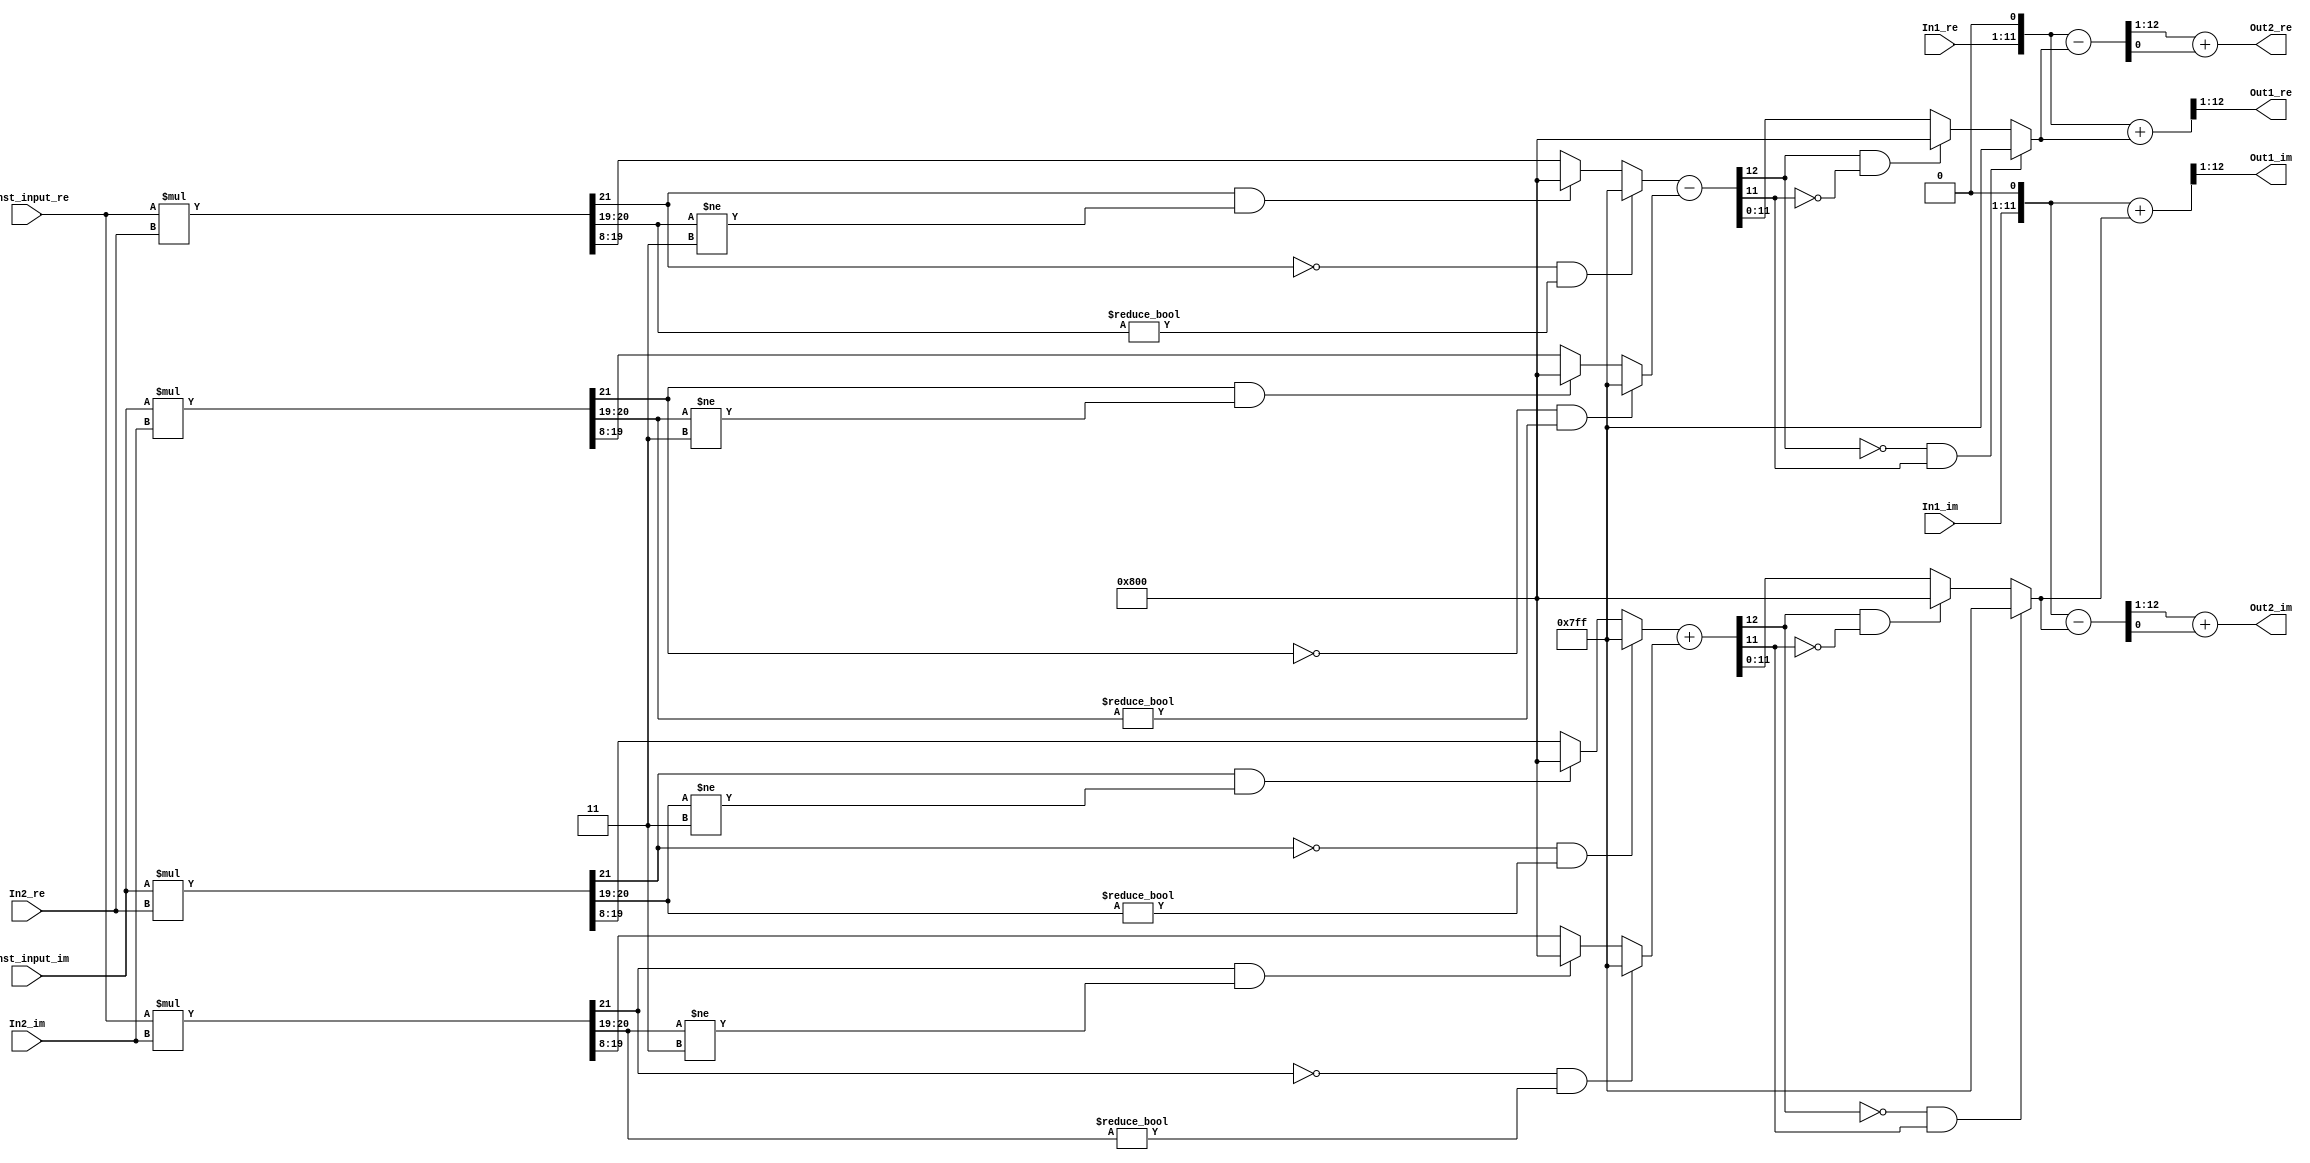
// -------------------------------------------------------------
// 
// 
// Generated by MATLAB 9.4 and HDL Coder 3.12
// 
// -------------------------------------------------------------


// -------------------------------------------------------------
// 
// Module: FirthStage_39
// Source Path: FFTscheme2/FFTv2/Butterflies/128 input 5 step  /FirthStage 39
// Hierarchy Level: 3
// 
// -------------------------------------------------------------

`timescale 1 ns / 1 ns

module FirthStage_39
          (In1_re,
           In1_im,
           In2_re,
           In2_im,
           Const_input_re,
           Const_input_im,
           Out1_re,
           Out1_im,
           Out2_re,
           Out2_im);


  input   signed [10:0] In1_re;  // sfix11_En3
  input   signed [10:0] In1_im;  // sfix11_En3
  input   signed [10:0] In2_re;  // sfix11_En3
  input   signed [10:0] In2_im;  // sfix11_En3
  input   signed [10:0] Const_input_re;  // sfix11_En9
  input   signed [10:0] Const_input_im;  // sfix11_En9
  output  signed [11:0] Out1_re;  // sfix12_En3
  output  signed [11:0] Out1_im;  // sfix12_En3
  output  signed [11:0] Out2_re;  // sfix12_En3
  output  signed [11:0] Out2_im;  // sfix12_En3


  wire signed [21:0] Product_mul_temp;  // sfix22_En12
  wire signed [11:0] Product_sub_cast;  // sfix12_En4
  wire signed [12:0] Product_sub_cast_1;  // sfix13_En4
  wire signed [21:0] Product_mul_temp_1;  // sfix22_En12
  wire signed [11:0] Product_sub_cast_2;  // sfix12_En4
  wire signed [12:0] Product_sub_cast_3;  // sfix13_En4
  wire signed [12:0] Product_sub_temp;  // sfix13_En4
  wire signed [21:0] Product_mul_temp_2;  // sfix22_En12
  wire signed [11:0] Product_add_cast;  // sfix12_En4
  wire signed [12:0] Product_add_cast_1;  // sfix13_En4
  wire signed [21:0] Product_mul_temp_3;  // sfix22_En12
  wire signed [11:0] Product_add_cast_2;  // sfix12_En4
  wire signed [12:0] Product_add_cast_3;  // sfix13_En4
  wire signed [12:0] Product_add_temp;  // sfix13_En4
  wire signed [11:0] Product_out1_re;  // sfix12_En4
  wire signed [11:0] Product_out1_im;  // sfix12_En4
  wire signed [12:0] Sum_add_cast;  // sfix13_En4
  wire signed [12:0] Sum_add_cast_1;  // sfix13_En4
  wire signed [12:0] Sum_add_temp;  // sfix13_En4
  wire signed [12:0] Sum_add_cast_2;  // sfix13_En4
  wire signed [12:0] Sum_add_cast_3;  // sfix13_En4
  wire signed [12:0] Sum_add_temp_1;  // sfix13_En4
  wire signed [11:0] Sum_out1_re;  // sfix12_En3
  wire signed [11:0] Sum_out1_im;  // sfix12_En3
  wire signed [12:0] Sum1_sub_cast;  // sfix13_En4
  wire signed [12:0] Sum1_sub_cast_1;  // sfix13_En4
  wire signed [12:0] Sum1_sub_temp;  // sfix13_En4
  wire signed [12:0] Sum1_sub_cast_2;  // sfix13_En4
  wire signed [12:0] Sum1_sub_cast_3;  // sfix13_En4
  wire signed [12:0] Sum1_sub_temp_1;  // sfix13_En4
  wire signed [11:0] Sum1_out1_re;  // sfix12_En3
  wire signed [11:0] Sum1_out1_im;  // sfix12_En3


  assign Product_mul_temp = Const_input_re * In2_re;
  assign Product_sub_cast = ((Product_mul_temp[21] == 1'b0) && (Product_mul_temp[20:19] != 2'b00) ? 12'sb011111111111 :
              ((Product_mul_temp[21] == 1'b1) && (Product_mul_temp[20:19] != 2'b11) ? 12'sb100000000000 :
              $signed(Product_mul_temp[19:8])));
  assign Product_sub_cast_1 = {Product_sub_cast[11], Product_sub_cast};
  assign Product_mul_temp_1 = Const_input_im * In2_im;
  assign Product_sub_cast_2 = ((Product_mul_temp_1[21] == 1'b0) && (Product_mul_temp_1[20:19] != 2'b00) ? 12'sb011111111111 :
              ((Product_mul_temp_1[21] == 1'b1) && (Product_mul_temp_1[20:19] != 2'b11) ? 12'sb100000000000 :
              $signed(Product_mul_temp_1[19:8])));
  assign Product_sub_cast_3 = {Product_sub_cast_2[11], Product_sub_cast_2};
  assign Product_sub_temp = Product_sub_cast_1 - Product_sub_cast_3;
  assign Product_out1_re = ((Product_sub_temp[12] == 1'b0) && (Product_sub_temp[11] != 1'b0) ? 12'sb011111111111 :
              ((Product_sub_temp[12] == 1'b1) && (Product_sub_temp[11] != 1'b1) ? 12'sb100000000000 :
              $signed(Product_sub_temp[11:0])));
  assign Product_mul_temp_2 = Const_input_im * In2_re;
  assign Product_add_cast = ((Product_mul_temp_2[21] == 1'b0) && (Product_mul_temp_2[20:19] != 2'b00) ? 12'sb011111111111 :
              ((Product_mul_temp_2[21] == 1'b1) && (Product_mul_temp_2[20:19] != 2'b11) ? 12'sb100000000000 :
              $signed(Product_mul_temp_2[19:8])));
  assign Product_add_cast_1 = {Product_add_cast[11], Product_add_cast};
  assign Product_mul_temp_3 = Const_input_re * In2_im;
  assign Product_add_cast_2 = ((Product_mul_temp_3[21] == 1'b0) && (Product_mul_temp_3[20:19] != 2'b00) ? 12'sb011111111111 :
              ((Product_mul_temp_3[21] == 1'b1) && (Product_mul_temp_3[20:19] != 2'b11) ? 12'sb100000000000 :
              $signed(Product_mul_temp_3[19:8])));
  assign Product_add_cast_3 = {Product_add_cast_2[11], Product_add_cast_2};
  assign Product_add_temp = Product_add_cast_1 + Product_add_cast_3;
  assign Product_out1_im = ((Product_add_temp[12] == 1'b0) && (Product_add_temp[11] != 1'b0) ? 12'sb011111111111 :
              ((Product_add_temp[12] == 1'b1) && (Product_add_temp[11] != 1'b1) ? 12'sb100000000000 :
              $signed(Product_add_temp[11:0])));



  assign Sum_add_cast = {In1_re[10], {In1_re, 1'b0}};
  assign Sum_add_cast_1 = {Product_out1_re[11], Product_out1_re};
  assign Sum_add_temp = Sum_add_cast + Sum_add_cast_1;
  assign Sum_out1_re = Sum_add_temp[12:1];
  assign Sum_add_cast_2 = {In1_im[10], {In1_im, 1'b0}};
  assign Sum_add_cast_3 = {Product_out1_im[11], Product_out1_im};
  assign Sum_add_temp_1 = Sum_add_cast_2 + Sum_add_cast_3;
  assign Sum_out1_im = Sum_add_temp_1[12:1];



  assign Out1_re = Sum_out1_re;

  assign Out1_im = Sum_out1_im;

  assign Sum1_sub_cast = {In1_re[10], {In1_re, 1'b0}};
  assign Sum1_sub_cast_1 = {Product_out1_re[11], Product_out1_re};
  assign Sum1_sub_temp = Sum1_sub_cast - Sum1_sub_cast_1;
  assign Sum1_out1_re = Sum1_sub_temp[12:1] + $signed({1'b0, Sum1_sub_temp[0]});
  assign Sum1_sub_cast_2 = {In1_im[10], {In1_im, 1'b0}};
  assign Sum1_sub_cast_3 = {Product_out1_im[11], Product_out1_im};
  assign Sum1_sub_temp_1 = Sum1_sub_cast_2 - Sum1_sub_cast_3;
  assign Sum1_out1_im = Sum1_sub_temp_1[12:1] + $signed({1'b0, Sum1_sub_temp_1[0]});



  assign Out2_re = Sum1_out1_re;

  assign Out2_im = Sum1_out1_im;

endmodule  // FirthStage_39